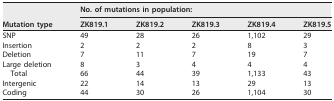
| <ROWSPAN=2> Mutation type | <COLSPAN=5> No. of mutations in population: |
 | ZK819.1 | ZK819.2 | ZK819.3 | ZK819.4 | ZK819.5 |
 | --- | --- | --- | --- | --- | --- |
 | SNP | 49 | 28 | 26 | 1,102 | 29 |
 | Insertion | 2 | 2 | 2 | 8 | 3 |
 | Deletion | 7 | 11 | 7 | 19 | 7 |
 | Large deletion | 8 | 3 | 4 | 4 | 4 |
 | Total | 66 | 44 | 39 | 1,133 | 43 |
 | Intergenic | 22 | 14 | 13 | 29 | 13 |
 | Coding | 44 | 30 | 26 | 1,104 | 30 |